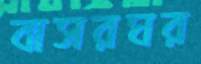
বাসরঘর